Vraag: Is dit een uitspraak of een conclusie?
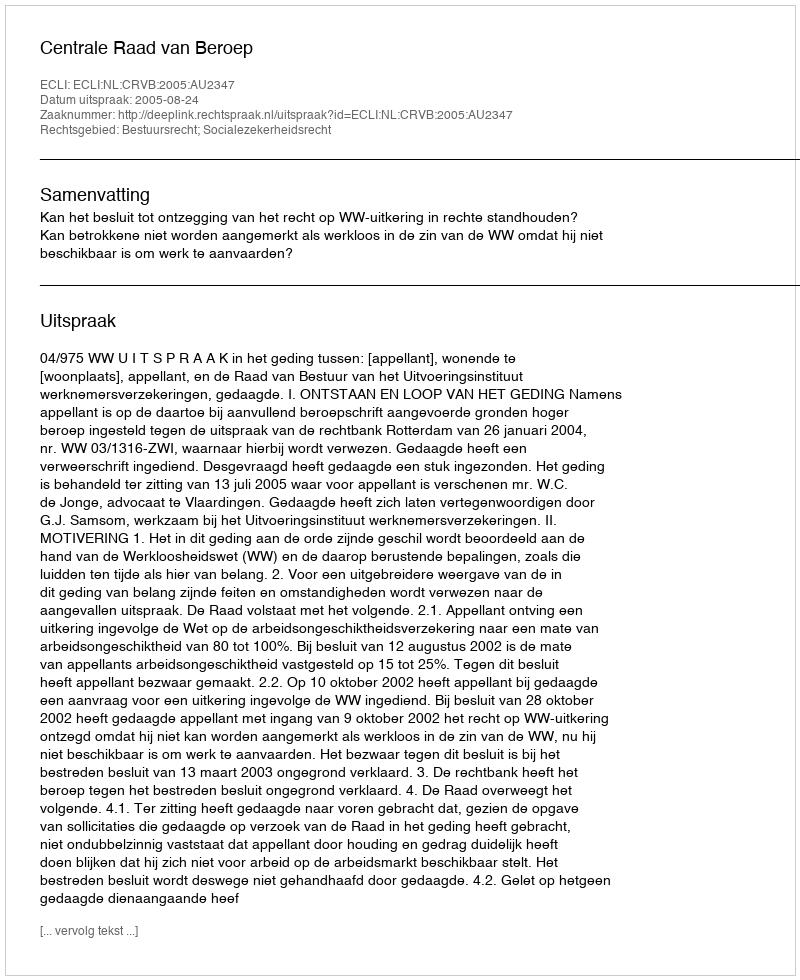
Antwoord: Uitspraak